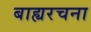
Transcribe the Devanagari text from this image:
बाह्यरचना